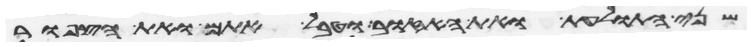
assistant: שני התולעת ואת האזוב וטבל אתם ואת הצפור